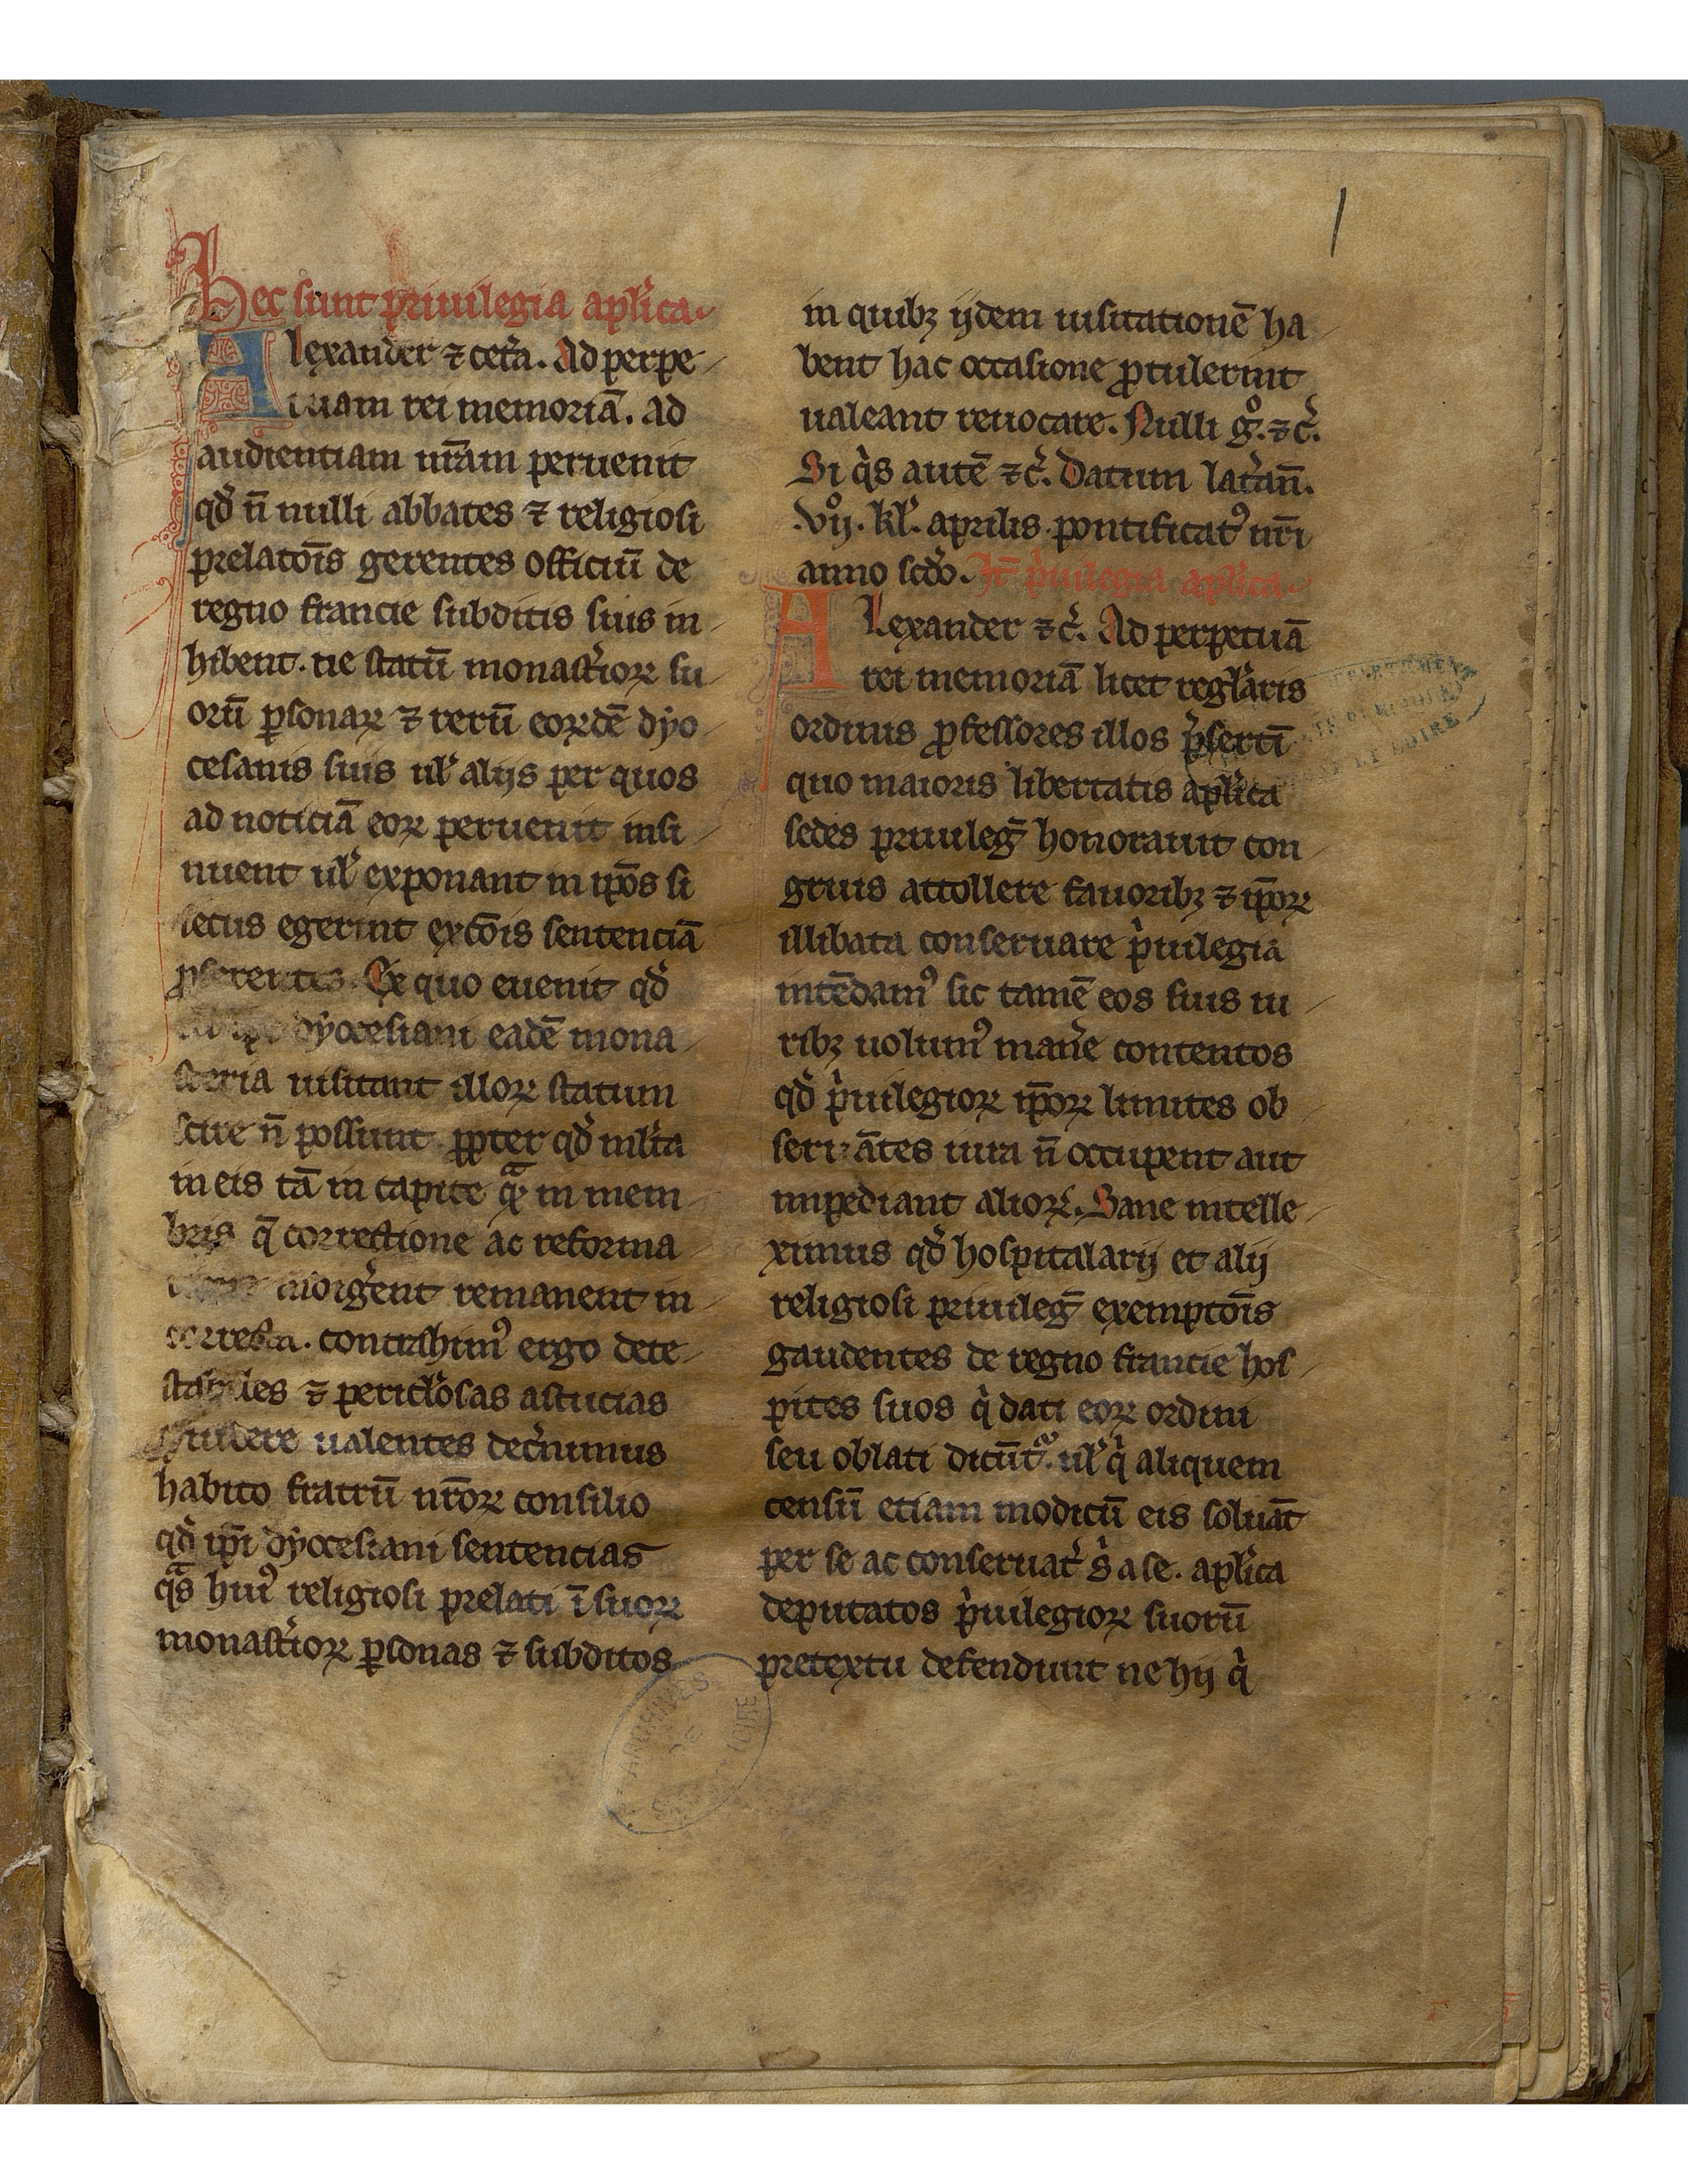
Shelfmark: Mâcon, Archives de Saône et Loire, G 443
Century: 13